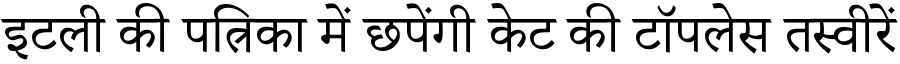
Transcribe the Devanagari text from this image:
इटली की पत्रिका में छपेंगी केट की टॉपलेस तस्वीरें